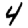
Digit: 4